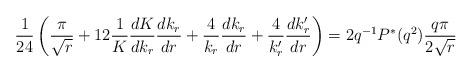
LaTeX: \begin{align*}\frac{1}{24}\left(\frac{\pi}{\sqrt{r}}+12\frac{1}{K}\frac{dK}{dk_r}\frac{dk_r}{dr}+\frac{4}{k_r}\frac{dk_r}{dr}+\frac{4}{k'_r}\frac{dk'_r}{dr}\right)=2q^{-1}P^{*}(q^2)\frac{q\pi}{2\sqrt{r}}\end{align*}